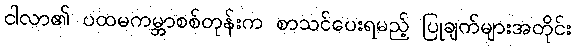
ငါလာ၏ ပထမကမ္ဘာစစ်တုန်းက စာသင်ပေးရမည့် ပြုချက်များအတိုင်း